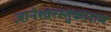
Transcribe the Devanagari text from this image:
ज्ञानेश्वरस्तुकाराम